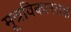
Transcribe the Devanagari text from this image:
मूत्रविकारतज्ञ